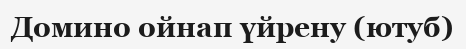
Домино ойнап үйрену (ютуб)